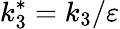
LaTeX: k_{3}^{*}=k_{3}/\varepsilon